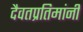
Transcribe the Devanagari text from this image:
दैवतप्रतिमांनी